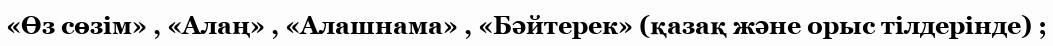
«Өз сөзім» , «Алаң» , «Алашнама» , «Бәйтерек» (қазақ және орыс тілдерінде) ;